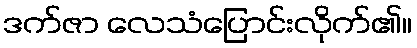
ဒက်ဇာ လေသံပြောင်းလိုက်၏။